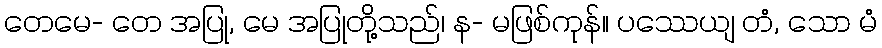
တေမေ- တေ အပြု, မေ အပြုတို့သည်၊ န- မဖြစ်ကုန်။ ပဿေယျ တံ, သော မံ